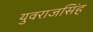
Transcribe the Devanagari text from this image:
युवराजसिंह